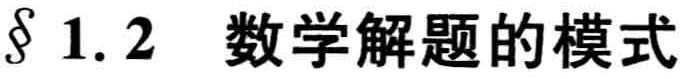
$\S\ 1.2$ 数学解题的模式